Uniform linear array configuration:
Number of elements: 4
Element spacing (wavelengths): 0.75
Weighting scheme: hamming
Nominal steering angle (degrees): -15
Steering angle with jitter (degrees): -13.204
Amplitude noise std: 0.05
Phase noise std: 0.05

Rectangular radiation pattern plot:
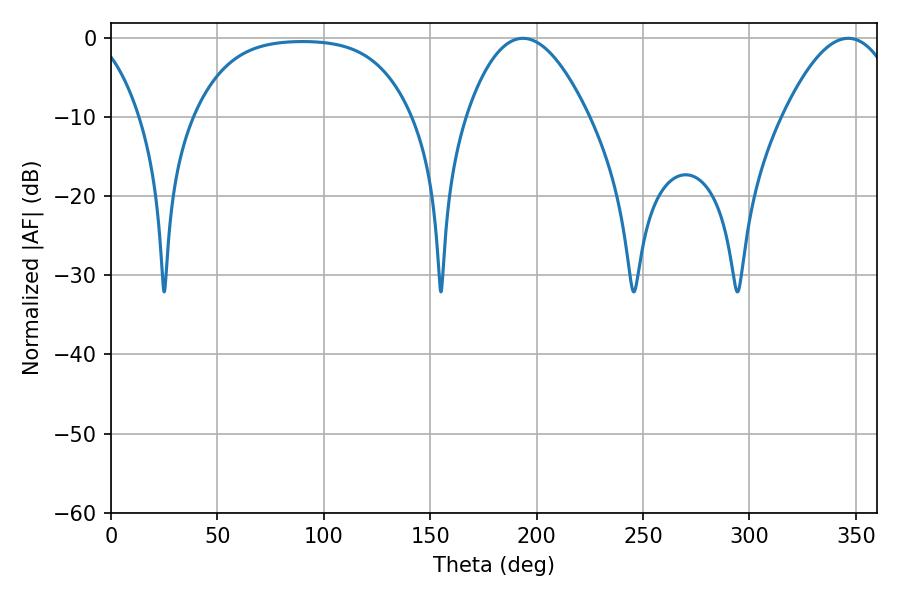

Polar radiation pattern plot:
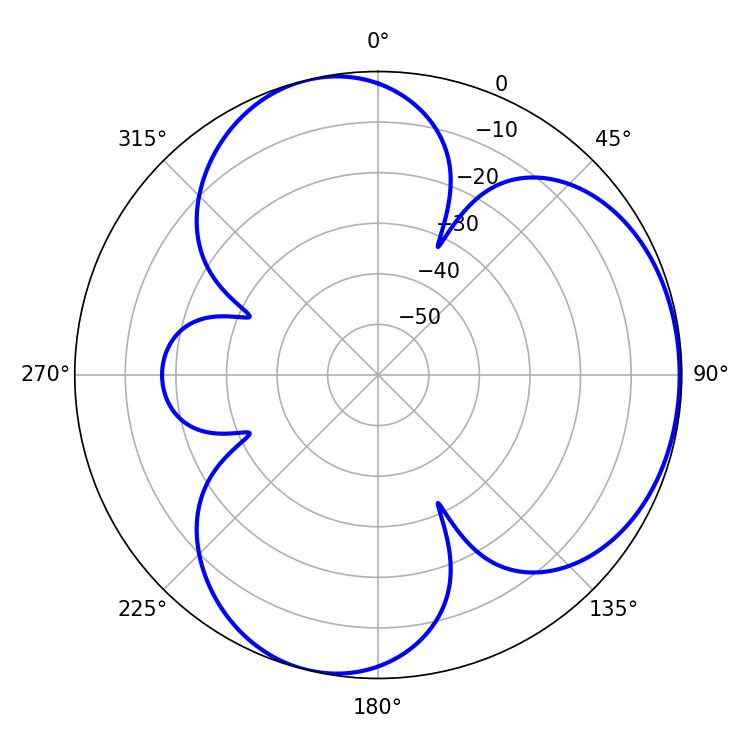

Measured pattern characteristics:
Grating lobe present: TRUE
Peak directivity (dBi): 4.494
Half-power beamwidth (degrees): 31.68
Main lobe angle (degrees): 193.5